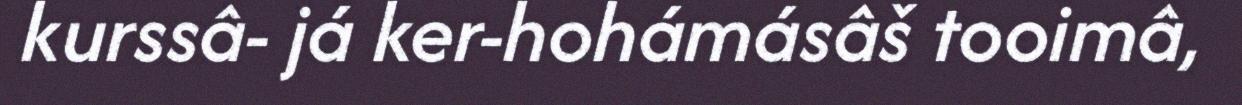
kurssâ- já ker-hohámásâš tooimâ,